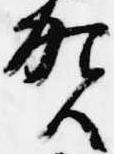
賀